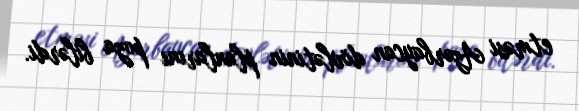
etməsi Azərbaycan dövlətinin planlarını poza bilərdi.